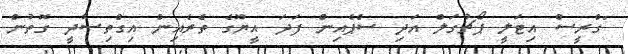
"ގްރީސް އިޓަލީ ޕޯޗުގަލް އަދި ސްޕެއިން ފަދަ އީޔޫގެ ތެރެއިން އިގްތިސާދީ ގޮތުން